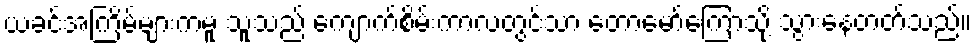
ယခင်အကြိမ်များကမူ သူသည် ကျောက်စိမ်းကာလတွင်သာ တောမော်ကြောသို့ သွားနေတတ်သည်။